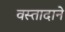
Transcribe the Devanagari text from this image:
वस्तादाने